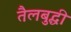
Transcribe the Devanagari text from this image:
तैलबुद्धी